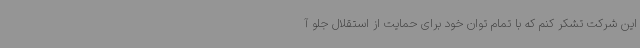
این شرکت تشکر کنم که با تمام توان خود برای حمایت از استقلال جلو آ